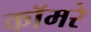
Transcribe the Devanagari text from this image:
कॉमरे